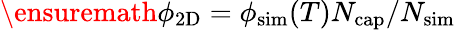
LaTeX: \ensuremath{\phi_{\mathrm{2D}}}=\phi_{\mathrm{sim}}(T)N_{\mathrm{cap}}/N_{\mathrm{sim}}